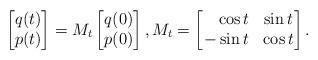
LaTeX: \begin{align*}\left[ \begin{matrix}q(t)\\p(t)\end{matrix}\right] = M_t\left[ \begin{matrix}q(0)\\p(0)\end{matrix}\right],M_t=\left[ \begin{matrix}\phantom{-}\cos t & \sin t\\ -\sin t & \cos t\end{matrix}\right].\end{align*}